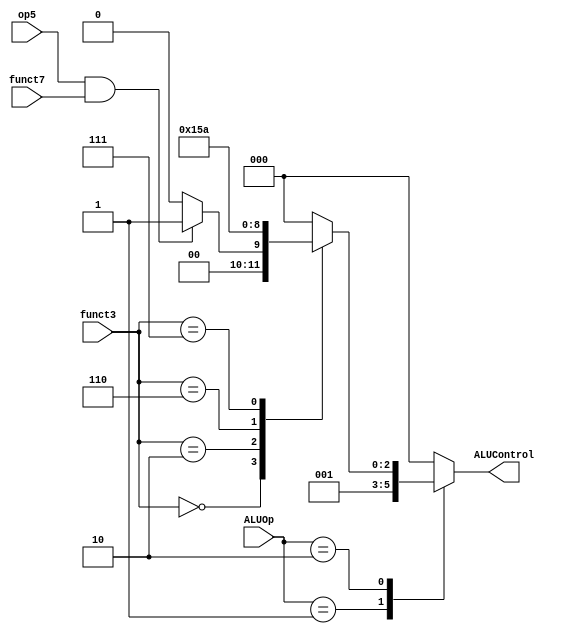
module ALU_decoder 
(
    input  wire               op5        ,
    input  wire    [1:0]      ALUOp      ,
    input  wire    [2:0]      funct3     ,
    input  wire               funct7     ,

    output reg     [2:0]      ALUControl 
);

always @(*) 
begin
    case(ALUOp)
    2'b00   : ALUControl = 3'b000 ; // add
    2'b01   : ALUControl = 3'b001 ; // subtract
    2'b10   : begin
        case(funct3)
        3'b000  : begin
            if(op5 == 1'b1 && funct7 == 1'b1)
            begin
                ALUControl = 3'b001 ; // subtract
            end
            else
            begin
                ALUControl = 3'b000 ; // add
            end
        end
        3'b010  : ALUControl = 3'b101 ; // set less than
        3'b110  : ALUControl = 3'b011 ; // or
        3'b111  : ALUControl = 3'b010 ; // and
        default : ALUControl = 3'b000 ; // default value
        endcase
    end
    default : ALUControl = 3'b000 ; // default value
    endcase
end

endmodule